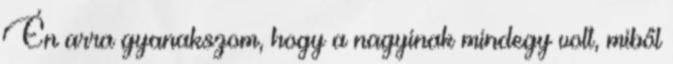
Én arra gyanakszom, hogy a nagyinak mindegy volt, miből